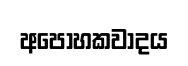
අපෝහකවාදය